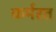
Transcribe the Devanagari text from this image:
कर्मरत